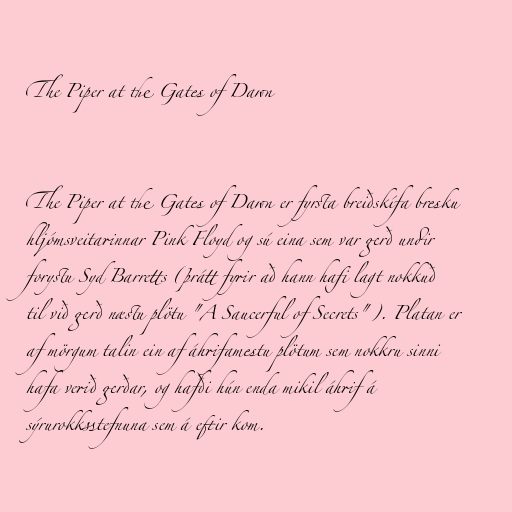
The Piper at the Gates of Dawn

The Piper at the Gates of Dawn er fyrsta breiðskífa bresku
hljómsveitarinnar Pink Floyd og sú eina sem var gerð undir
forystu Syd Barretts (þrátt fyrir að hann hafi lagt nokkuð
til við gerð næstu plötu "A Saucerful of Secrets"). Platan er
af mörgum talin ein af áhrifamestu plötum sem nokkru sinni
hafa verið gerðar, og hafði hún enda mikil áhrif á
sýrurokksstefnuna sem á eftir kom.